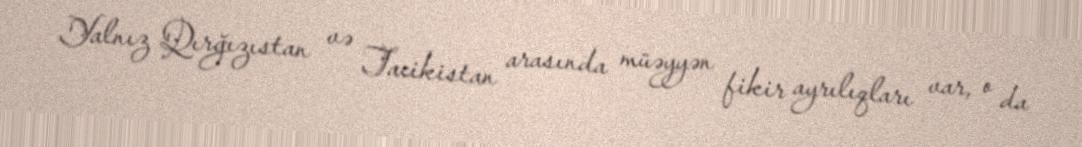
Yalnız Qırğızıstan və Tacikistan arasında müəyyən fikir ayrılıqları var, o da